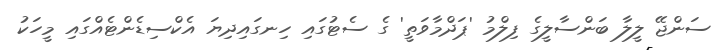
ސަންޖޭ ލީލާ ބަންސާލީގެ ފިލްމު 'ޕަދްމާވަތީ' ގެ ސެޓުގައި ހިނގައިދިޔަ އެކްސިޑެންޓެއްގައި މީހަކު